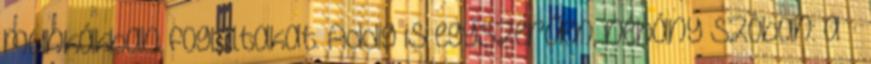
munkákban foglaltakat. Addig is egyszerűen, néhány szóban: a „